Medical and sanitary report of the native army of Bengal for the year
Year: 1874
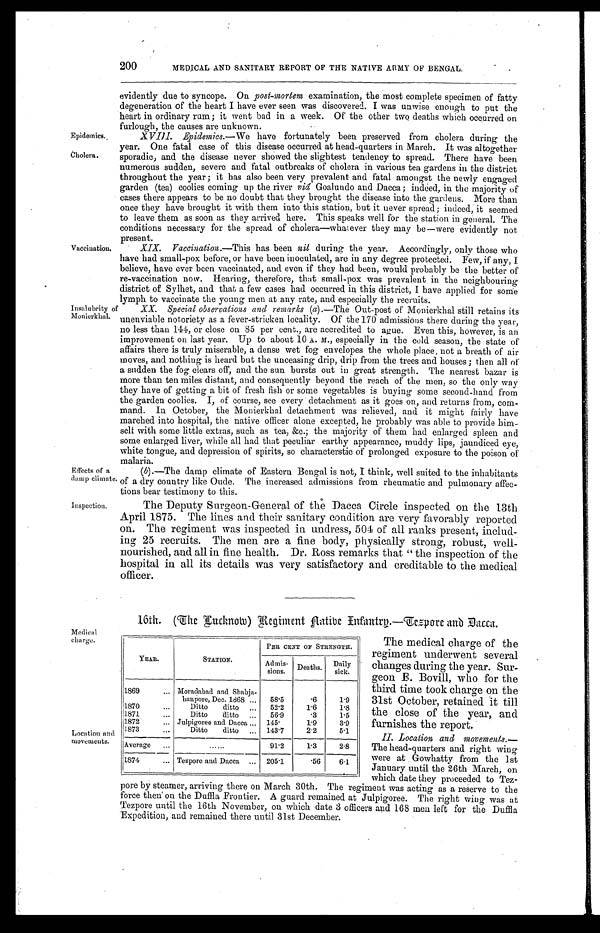
Epidemics.
Cholera.
Effects of a
damp climate.
Inspection.
200
MEDICAL AND SANITARY REPORT OF THE NATIVE ARMY OF BENGAL.
evidently due to syncope. On post-mortem examination, the most complete specimen of fatty
degeneration of the heart I have ever seen was discovered. I was unwise enough to put the
heart in ordinary rum; it went bad in a week. Of the other two deaths which occurred on
furlough, the causes are unknown.
XVIII. Epidemics. —We have fortunately been preserved from cholera during the
year. One fatal case of this disease occurred at head-quarters in March. It was altogether
sporadic, and the disease never showed the slightest tendency to spread. There have been
numerous sudden, severe and fatal outbreaks of cholera in various tea gardens in the district
throughout the year; it has also been very prevalent and fatal amongst the newly engaged
garden (tea) coolies coming up the river viâ Goalundo and Dacca; indeed, in the majority of
cases there appears to be no doubt that they brought the disease into the gardens. More than
once they have brought it with them into this station, but it never spread; indeed, it seemed
to leave them as soon as they arrived here. This speaks well for the station in general. The
conditions necessary for the spread of cholera—whatever they may be—were evidently not
present.
Vaccination.
Insalubrity of
Monierkhal.
XIX. Vaccination.—This has been nil during the year. Accordingly, only those who
have had small-pox before, or have been inoculated, are in any degree protected. Few, if any, I
believe, have ever been vaccinated, and even if they had been, would probably be the better of
re-vaccination now. Hearing, therefore, that small-pox was prevalent in the neighbouring
district of Sylhet, and that a few cases had occurred in this district, I have applied for some
lymph to vaccinate the young men at any rate, and especially the recruits.
XX. Special observatio ns and remarks (a).—The Out-post of Monierkhal still retains its
unenviable notoriety as a fever-stricken locality. Of the 170 admissions there during the year,
no less than 144, or close on 85 per cent., are accredited to ague. Even this, however, is an
improvement on last year. Up to about 10 A. M., especially in the cold season, the state of
affairs there is truly miserable, a dense wet fog envelopes the whole place, not a breath of air
moves, and nothing is heard but the unceasing drip, drip from the trees and houses; then all of
a sudden the fog clears off, and the sun bursts out in great strength. The nearest bazar is
more than ten miles distant, and consequently beyond the reach of the men, so the only way
they have of getting a bit of fresh fish or some vegetables is buying some second-hand from
the garden coolies. I, of course, see every detachment as it goes on, and returns from, com
- m a n d . I n O c t o b e r , t h e M o n i e r k h a l d e t a c h m e n t w a s r e l i e v e d , a n d i t m i g h t f a i r l y h a v e
marched into hospital, the native officer alone excepted, he probably was able to provide him
- s e l f w i t h s o m e l i t t l e e x t r a s , s u c h a s t e a , & c . ; t h e m a j o r i t y o f t h e m h a d e n l a r g e d s p l e e n a n d
some enlarged liver, while all had that peculiar earthy appearance, muddy lips, jaundiced eye,
white tongue, and depression of spirits, so characterstic of prolonged exposure to the poison of
malaria.
Medical
charge.
Location and
movements.
(b).—The damp climate of Eastern Bengal is not, I think, well suited to the inhabitants
of a dry country like Oude. The increased admissions from rheumatic and pulmonary affec
- t i o n s b e a r t e s t i m o n y t o t h i s .
The Deputy Surgeon-General of the Dacca Circle inspected on the 13th
April 1875. The lines and their sanitary condition are very favorably reported
on. The regiment was inspected in undress, 504 of all ranks present, includ
-ing 25 recruits. The men are a fine body, physically strong, robust, well
-nourished, and all in fine health. Dr. Ross remarks that "the inspection of the
hospital in all its details was very satisfactory and creditable to the medical
officer.
16th. (The Lucknow) Regiment Native Infantry.—Tezpore and Dacca.
The medical charge of the
regiment underwent several
changes during the year. Sur
- g e o n E . B o v i l l , w h o f o r t h e
third time took charge on the
31st October, retained it till
the close of the year, and
furnishes the report.
II. Location and movements.
— T h e h e a d - q u a r t e r s a n d r i g h t w i n g
were at Gowhatty from the 1st
January until the 26th March, on
which date they proceeded to Tez
- p o r e b y s t e a m e r , a r r i v i n g t h e r e o n M a r c h 3 0 t h . T h e r e g i m e n t w a s a c t i n g a s a r e s e r v e t o t h e
force then on the Duffla Frontier. A guard remained at Julpigoree. The right wing was at
Tezpore until the 16th November, on which date 3 officers and 168 men left for the Duffla
Expedition, and remained there until 31st December.
YEAR.
STATION.
PER CENT OF STRENGTH.
Admis-
sions. Deaths. Daily
sick.
1869
Moradabad and Shahja
-
hanpore, Dec. 1868
58.5
.6
1.9
1870
Ditto ditto
52.2
1.6
1.8
1871
Ditto ditto
56. 9
.3
1.5
1872
Julpigoree and Dacca
145.
1.9
3.9
1873
Ditto ditto
143.7
2.2
5.1
Average
91.2
1.3
2. 8
1874
Tezpore and Dacca
205.1
.56
6.1